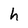
Character: h